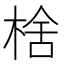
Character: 𬃉